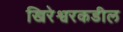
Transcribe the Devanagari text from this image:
खिरेश्वरकडील